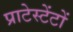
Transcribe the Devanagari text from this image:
प्राटेस्टेंटों